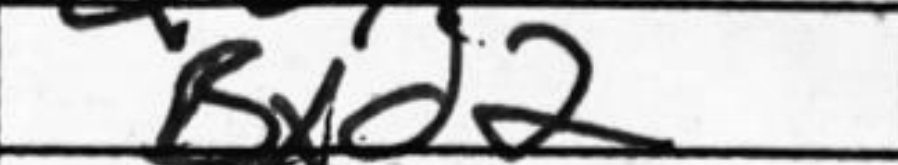
Transcription: Bxd2